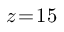
z \! = \! 1 5